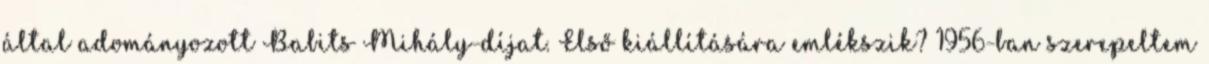
által adományozott Babits Mihály-díjat. Első kiállítására emlékszik? 1956-ban szerepeltem